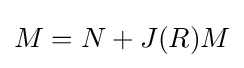
M=N+J(R)M